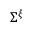
\Sigma ^ { \xi }